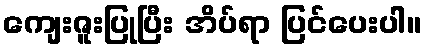
ကျေးဇူးပြုပြီး အိပ်ရာ ပြင်ပေးပါ။